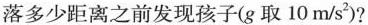
落多少距离之前发现孩子(g取10m/s^{2})?